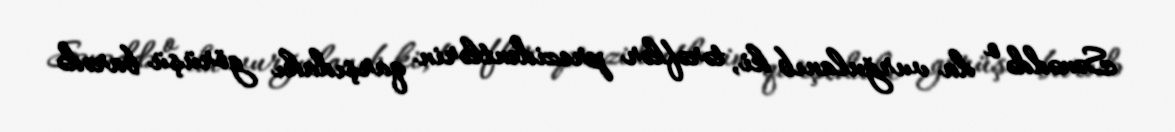
Sənəddə o da vurğulanıb ki, tərəflər prezidentlərin qarşıdakı görüşü barədə